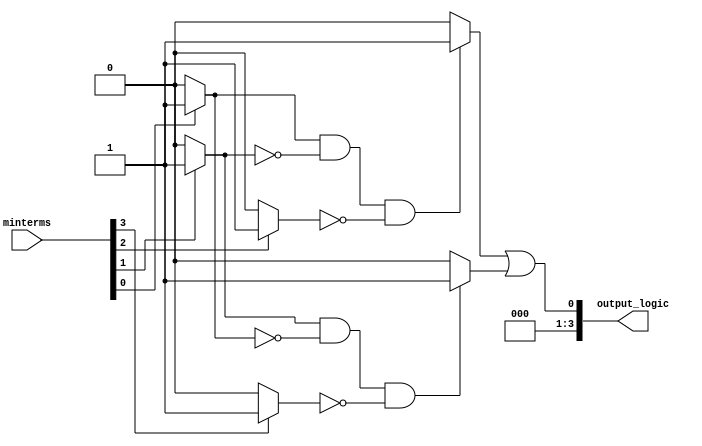
module EssentialPrimeImplicants (
    input [3:0] minterms, // Input minterms (e.g., for 4 variables)
    output reg [3:0] output_logic // Output minimized logic function
);

// Internal signals for prime implicants
reg [15:0] prime_implicants; // Array to hold prime implicants
reg [15:0] essential_implicants; // Array to hold essential prime implicants

// Function to generate prime implicants (simplified)
always @(*) begin
    // Initialize prime implicants
    prime_implicants = 16'b0;

    // Example: Simple hardcoded generation of prime implicants
    // This would typically be generated based on the minterms
    if (minterms[0]) prime_implicants[0] = 1; // m0
    if (minterms[1]) prime_implicants[1] = 1; // m1
    if (minterms[2]) prime_implicants[2] = 1; // m2
    if (minterms[3]) prime_implicants[3] = 1; // m3
    // Add more logic here for creating prime implicants from minterms...

    // Identify essential prime implicants
    essential_implicants = 16'b0;
    // A simple logic to identify essential prime implicants
    // This should be replaced with a full logic to identify essential ones
    if (prime_implicants[0] && !prime_implicants[1] && !prime_implicants[2]) 
        essential_implicants[0] = 1; // Example logic
    if (prime_implicants[1] && !prime_implicants[0] && !prime_implicants[3]) 
        essential_implicants[1] = 1; // Example logic

    // Final logic combining essential prime implicants
    output_logic = essential_implicants[0] | essential_implicants[1]; // Simplified output logic
end

endmodule